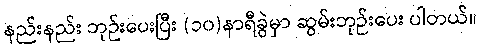
နည်းနည်း ဘုဉ်းပေးပြီး (၁၀)နာရီခွဲမှာ ဆွမ်းဘုဉ်းပေး ပါတယ်။